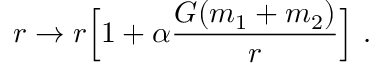
r \rightarrow r \Big [ 1 + \alpha \frac { G ( m _ { 1 } + m _ { 2 } ) } { r } \Big ] ~ .